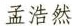
孟浩然